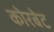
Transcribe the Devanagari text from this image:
कोरबेट